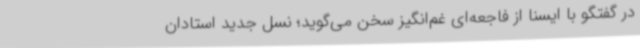
در گفتگو با ایسنا از فاجعه‌ای غم‌انگیز سخن می‌گوید؛ نسل جدید استادان